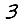
Digit: 3